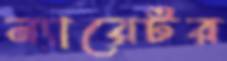
ন্যারেটর